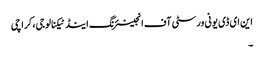
این ای ڈی یونی ورسٹی آف انجینئرنگ اینڈ ٹیکنالوجی، کراچی
۔